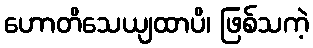
ဟောတိသေယျထာပိ၊ ဖြစ်သကဲ့